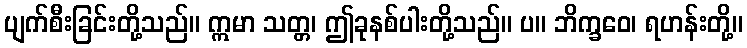
ပျက်စီးခြင်းတို့သည်။ ဣမာ သတ္တ၊ ဤခုနစ်ပါးတို့သည်။ ပ။ ဘိက္ခဝေ၊ ရဟန်းတို့။